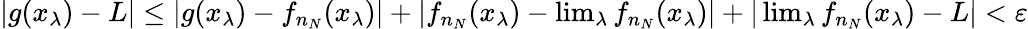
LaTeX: \begin{array}{r}{|g(x_{\lambda})-L|\leq|g(x_{\lambda})-f_{n_{N}}(x_{\lambda})|+|f_{n_{N}}(x_{\lambda})-\operatorname*{lim}_{\lambda}f_{n_{N}}(x_{\lambda})|+|\operatorname*{lim}_{\lambda}f_{n_{N}}(x_{\lambda})-L|<\varepsilon}\end{array}